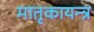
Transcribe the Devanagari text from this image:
मातृकायन्त्र